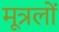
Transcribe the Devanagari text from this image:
मूत्रलों